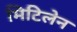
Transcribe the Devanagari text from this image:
मिटिलेन